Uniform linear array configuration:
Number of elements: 32
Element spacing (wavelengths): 0.75
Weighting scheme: cosine
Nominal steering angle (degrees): -60
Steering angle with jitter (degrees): -61.413
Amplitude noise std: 0.05
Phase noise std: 0.05

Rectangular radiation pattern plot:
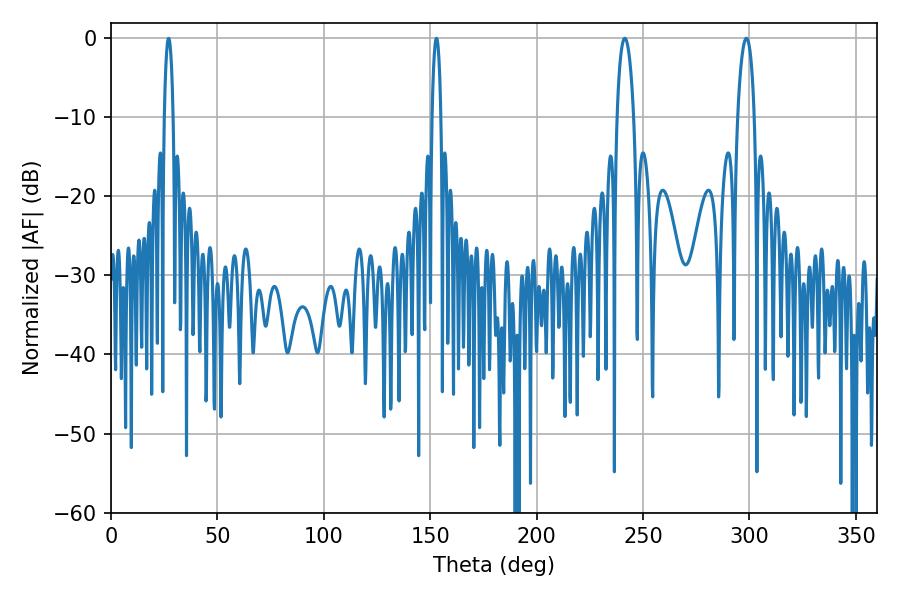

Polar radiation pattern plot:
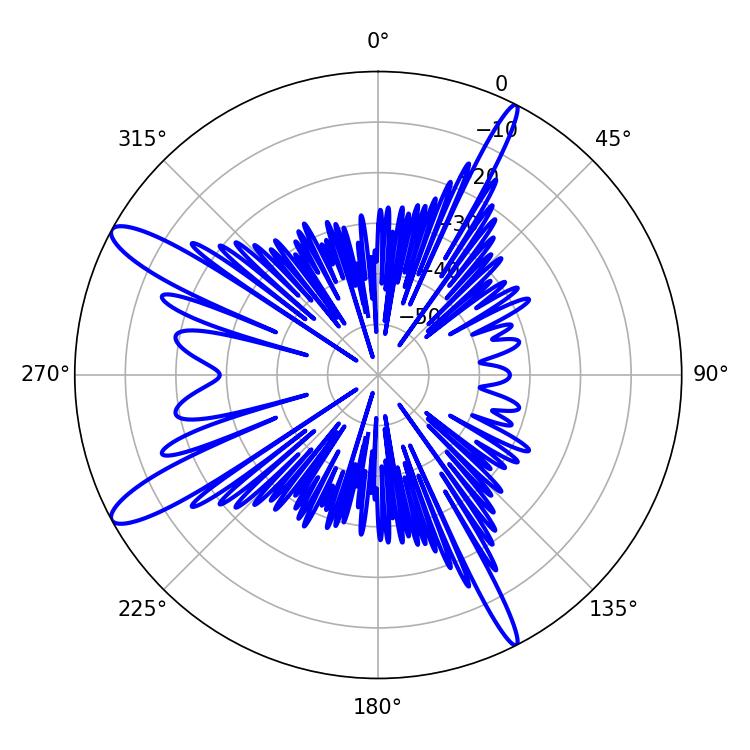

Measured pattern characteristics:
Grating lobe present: TRUE
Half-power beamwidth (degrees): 4.5
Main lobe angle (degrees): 298.62